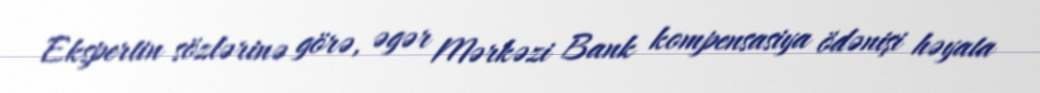
Ekspertin sözlərinə görə, əgər Mərkəzi Bank kompensasiya ödənişi həyata